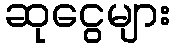
ဆုငွေများ